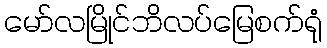
မော်လမြိုင်ဘိလပ်မြေစက်ရုံ